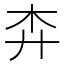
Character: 𢌶